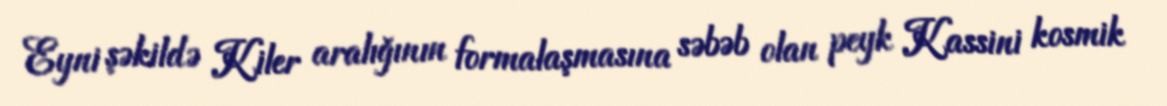
Eyni şəkildə Kiler aralığının formalaşmasına səbəb olan peyk Kassini kosmik